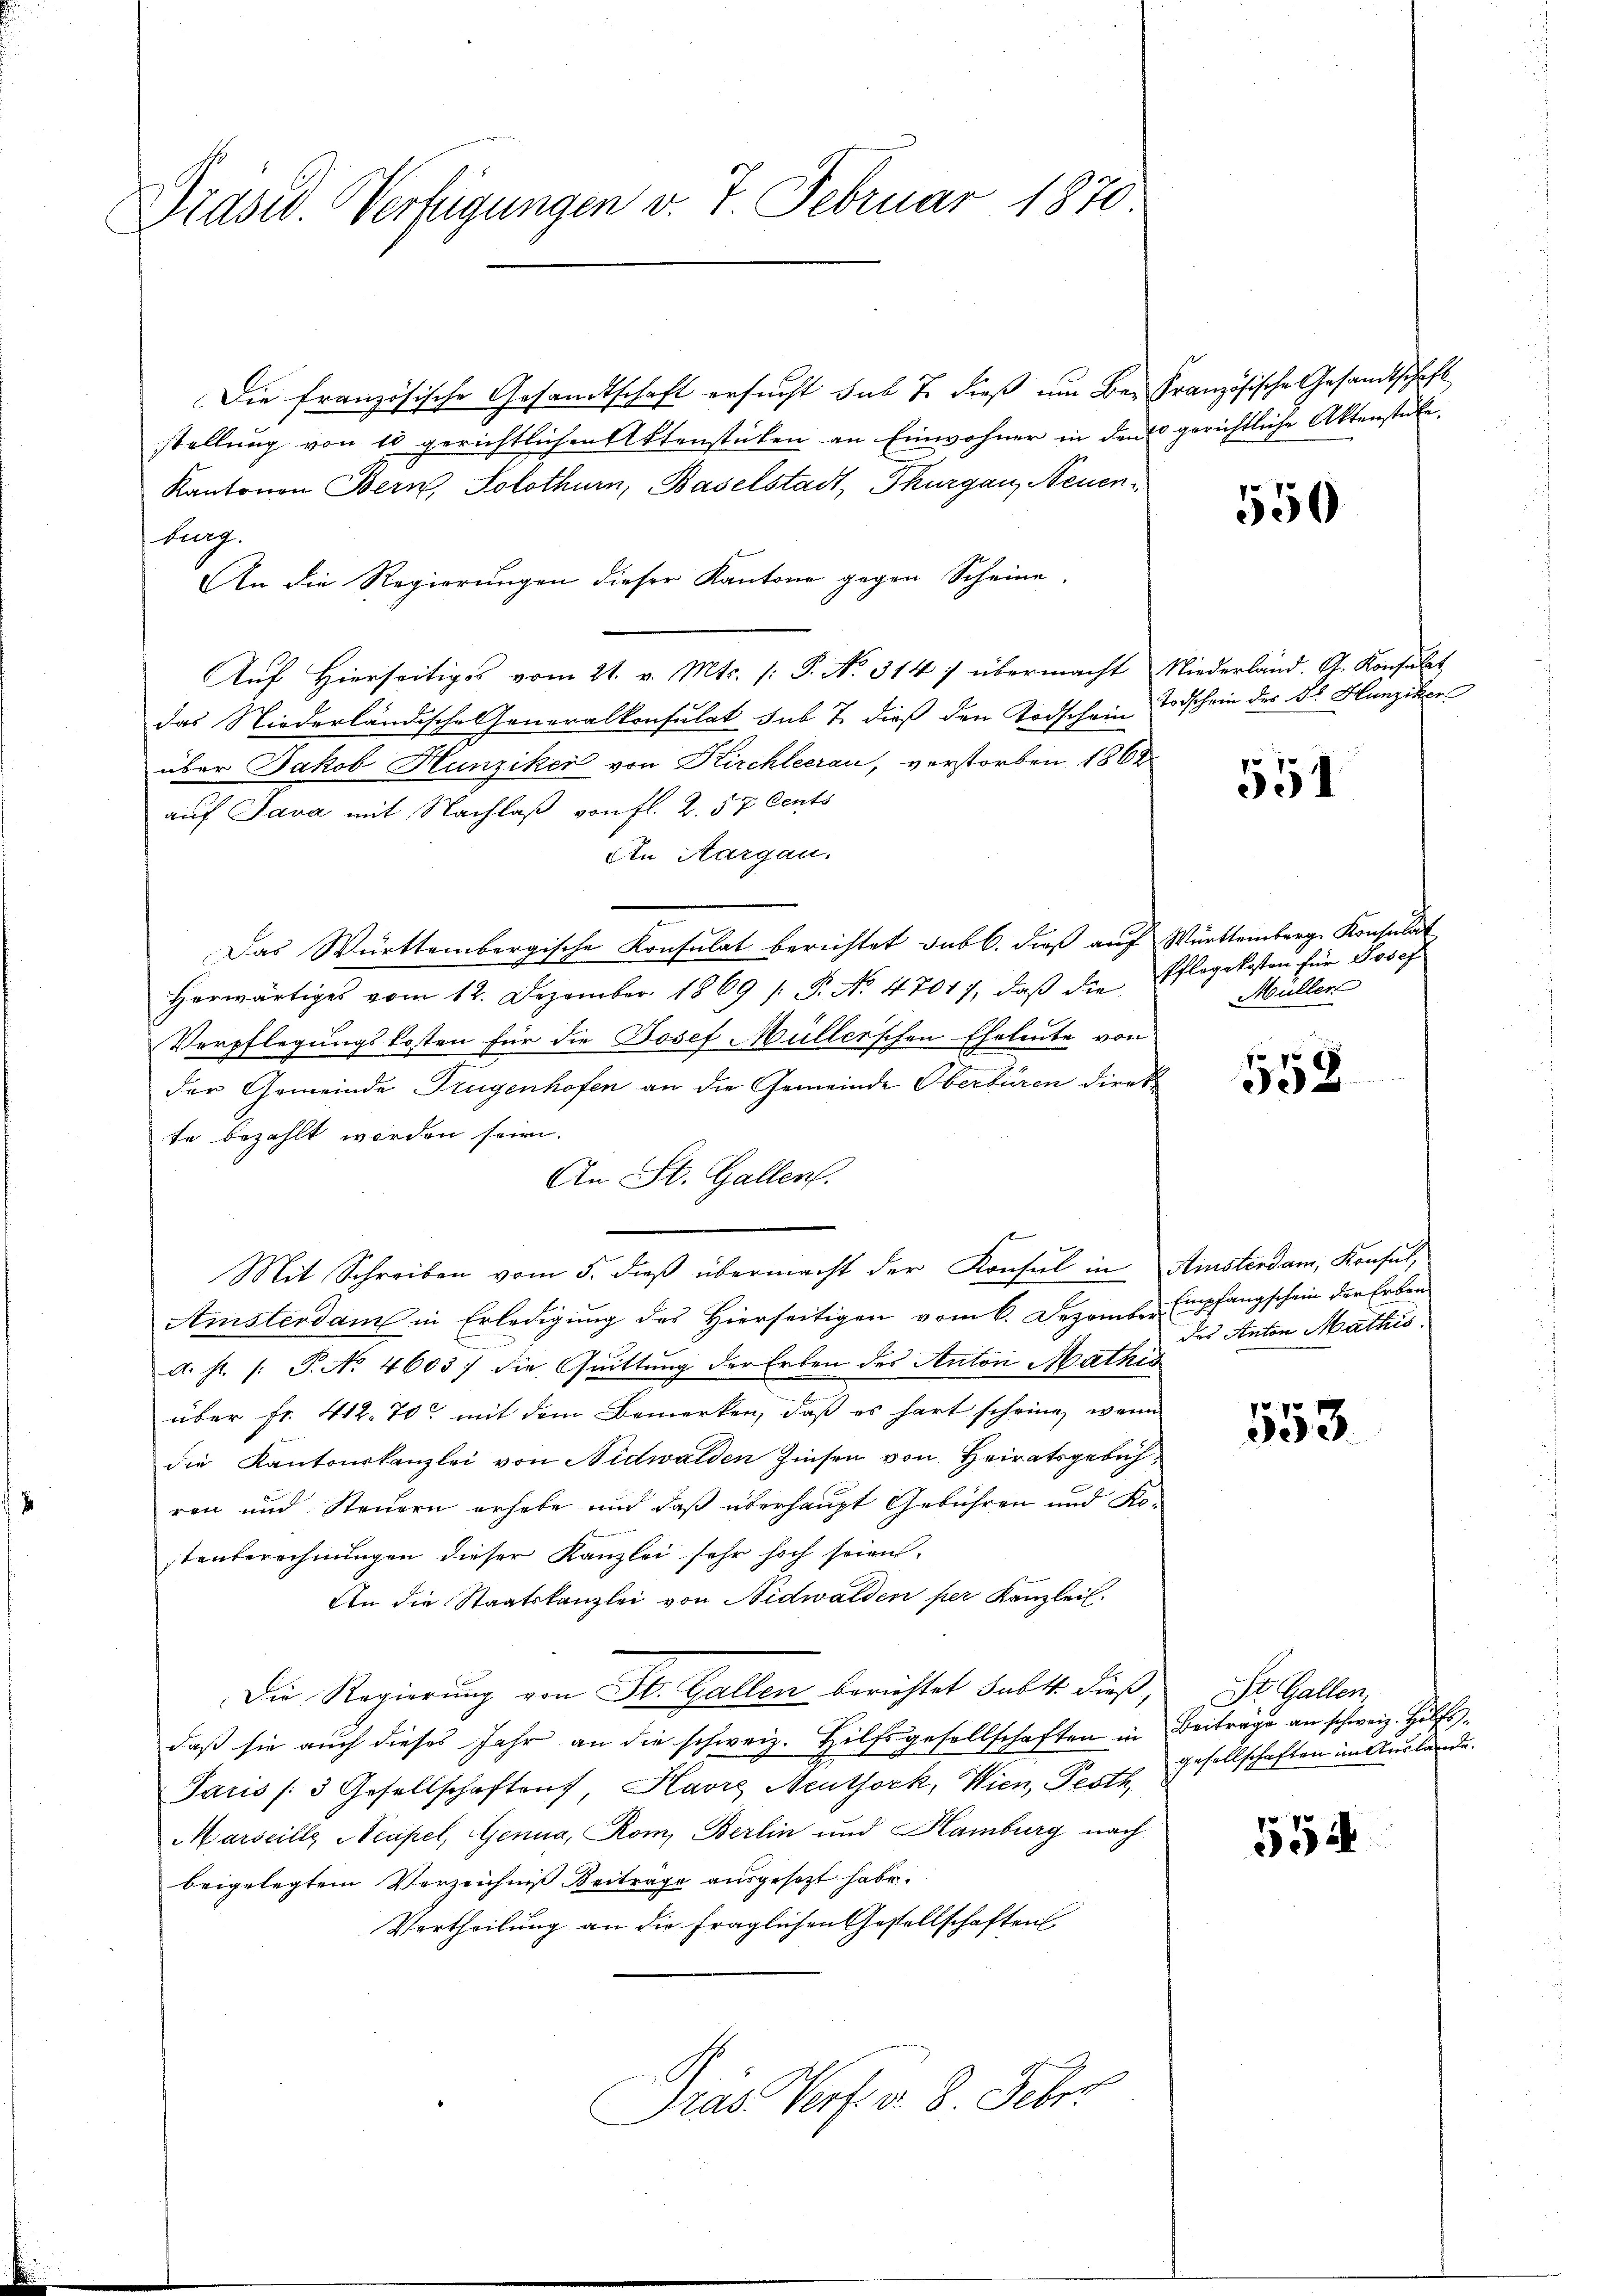
s

Präsid. Verfügungen v. 7. Februar 1870

Die französische Gesandtschaft ersucht sub 7. dieß um Bei Französische Gesandtschaft
stellung von 10 gerichtlichen Aktenstücken an Einwohner in den gerichtliche Aktenstücke.
Kantonen Bern, Solothurn, Baselstadt, Thurgau, Neuenburg.
An die Regierungen dieser Kantone gegen Scheine
Aŭf Hierseitiges vom 21. v. Mts. /: P. No. 314/ übermacht Niederland. A. Konsulat
das Niederländische Generalkonsulat sub 7. dieß den Todschein Todschein der Dr. Hunziker
über Jakob Hunziker von Kirchleerau, verstorben 1862
auf Java mit Nachlaß von fl. 2. 57 Cents
An Aargau.
Das Württembergische Konsulat berichtet sub b. dieß auf Württemberg Konsulat
herwärtiges vom 12. Dezember 1869 /: P. No. 4701), daβ die Pflegekosten für Josef
Verpflegungskosten für die Josef Müllerschen Eheleute von
der Gemeinde Trügenhofen an die Gemeinde Oberbüren direkte bezahlt worden seien.
An St. Gallen.
Mit Schreiben vom 5. dieβ übermacht der Konsul in Amsterdam, Konsul,
Amsterdam in Erledigung des Hierseitigen vom 6. Dezember Empfangschein der Erben-
A. h. /: P. No 4603) die Quittung der Erben des Anton Mathis
über fr. 412. 70 mit dem Bemerken, daß es hart scheine, wenn
die Kantonskanzlei von Nidwalden Zinsen von Heiratsgebühren und Steuern erhebe und daß überhaupt Gebühren und Kotenberechnungen dieser Kanzlei sehr hoch seien.
An die Staatskanzlei von Nidwalden per Kanzlei.
Die Regierung von St. Gallen berichtet habt. dieß,
daß sie auch dieses Jahr an die schweiz. Hilfsgesellschaften in Beiträge an schweiz. Hilfs¬
Paris /3 Gesellschaften Havre Neuthork, Wien, Pesth
Marseille Neapel, Genua, Rom, Berlin und Hamburg nach
beigelegtem Verzeichniß Beiträge ausgesetzt habe.
Vortheilung an die fraglichen Gestellschaften
Prás Verf. v. 8. Febr

550

551

Müller

558

des Anton Mathis

553.

St. Gallen,
gesellschaften im Auslande.

554